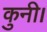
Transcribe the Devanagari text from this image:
कुनी।